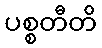
ပစ္စတီတိ